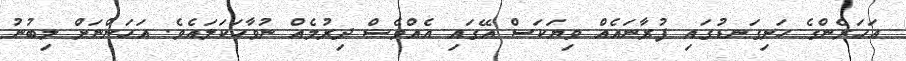
އަހަރެންގެ ހަށިގަނޑުގައި ފުރާނައެއް ވިޔަކަސް އޭގައި އެއްވެސް ދިރުމެއް ނުވާހަކަލައެވެ. އަހަންނަށް ލިބުނު